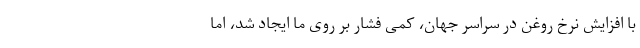
با افزایش نرخ روغن در سراسر جهان، کمی فشار بر روی ما ایجاد شد، اما